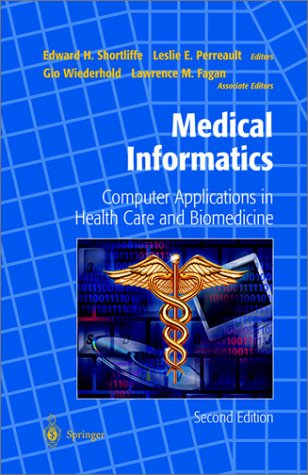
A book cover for Medical Informatics: Computer Applications in Health Care and Biomedicine (Health Informatics); Medical Books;